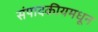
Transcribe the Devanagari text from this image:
संपादकीयमधून